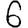
Digit: 6